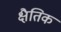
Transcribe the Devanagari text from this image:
क्षैतिक